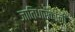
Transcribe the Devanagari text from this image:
जातिधारकांनी